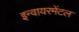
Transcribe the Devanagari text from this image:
इन्वायरमेंटल